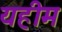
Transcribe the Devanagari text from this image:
यहीम